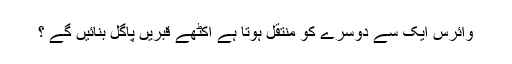
وائرس ایک سے دوسرے کو منتقل ہوتا ہے اکٹھے قبریں پاگل بنائیں گے ؟